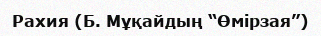
Рахия (Б. Мұқайдың “Өмірзая”)